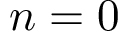
n = 0